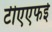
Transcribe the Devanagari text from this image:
टीएएफई